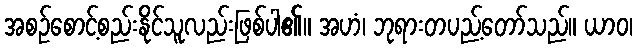
အစဉ်စောင့်စည်းနိုင်သူလည်းဖြစ်ပါ၏။ အဟံ၊ ဘုရားတပည့်တော်သည်။ ယာဝ၊